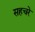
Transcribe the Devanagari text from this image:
सहचरे